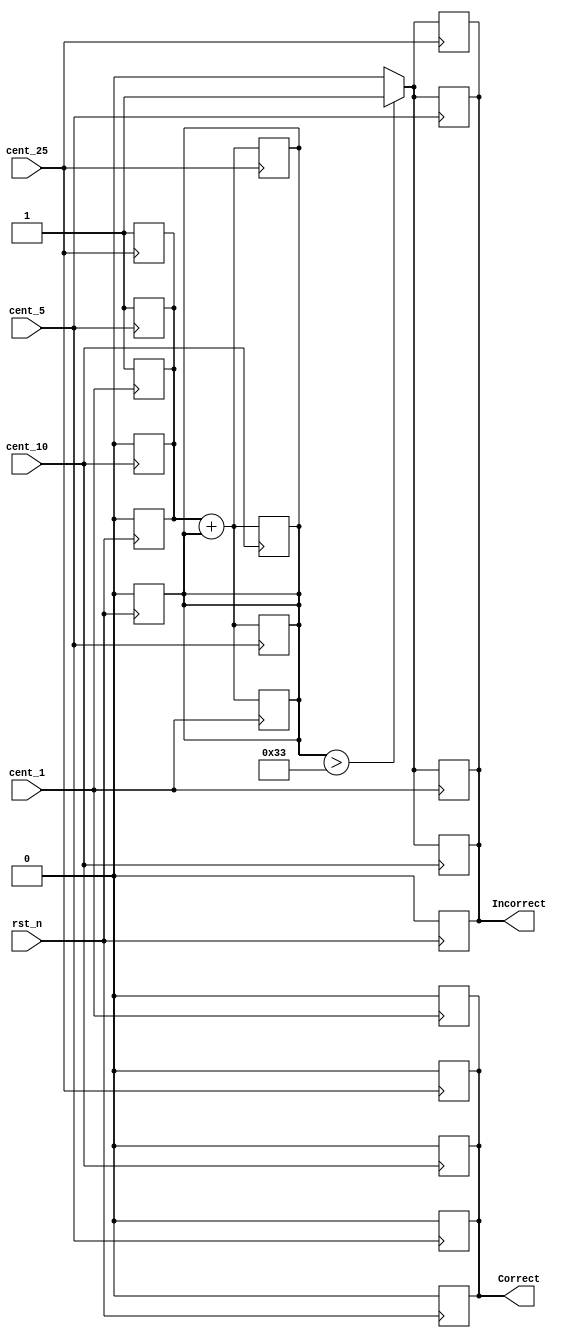
module Coin_Problem( Incorrect,Correct, cent_25, cent_10, cent_5, cent_1,rst_n);
    input   cent_25,
            cent_10,
            cent_5,
            cent_1
            ;
    input rst_n;
    output Incorrect;   //change dump
    output Correct;     //Motor enable
    
    reg sum;
    reg holder;
    //assign sum = 25*cent_25 + 10*cent_10 + 5*cent_5 + cent_1;
    always@(negedge rst_n)
        begin
            sum <= 0;
            holder <= 0;
            Correct <= 0;
            Incorrect <= 0;
        end
    always@(posedge cent_25)
        begin
            Correct <= 0;
            Incorrect <= 0;
            holder <= 25;
            sum <= holder + sum;
            if (sum == 51)
                begin
                    Correct <= 'b 1;
                end
            else if(sum > 51)
                begin
                    Incorrect <= 'b 1;
                end
        end
    always@(posedge cent_10)
        begin
            Correct <= 0;
            Incorrect <= 0;
            holder <= 10;
            sum <= holder + sum;
            if (sum == 51)
                begin
                    Correct <= 'b 1;
                end
            else if(sum > 51)
                begin
                    Incorrect <= 'b 1;
                end
        end
    always@(posedge cent_5)
        begin
            Correct <= 0;
            Incorrect <= 0;
            holder <= 5;
            sum <= holder + sum;
            if (sum == 51)
                begin
                    Correct <= 'b 1;
                end
            else if(sum > 51)
                begin
                    Incorrect <= 'b 1;
                end
        end
    always@(posedge cent_1)
        begin
            Correct <= 0;
            Incorrect <= 0;
            holder <= 1;
            sum <= holder + sum;
            if (sum == 51)
                begin
                    Correct <= 'b 1;
                end
            else if(sum > 51)
                begin
                    Incorrect <= 'b 1;
                end
        end

endmodule